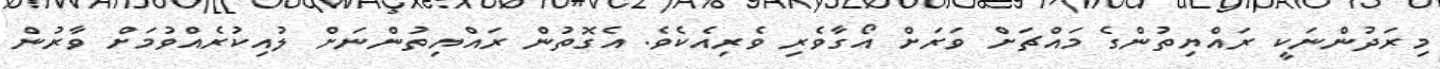
މިރަދުންނަކީ ރައްޔިތުންގެ މައްޗަށް ވަރަށް އޯގާވެރި ވެރިއެކެވެ. އެގޮތުން ރައްޔިތުންނަށް ލުއިކުރެއްވުމަށް ވާރުން